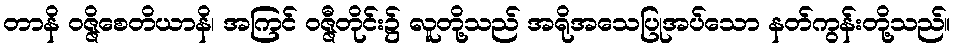
တာနိ ဝဇ္ဇိစေတိယာနိ၊ အကြင် ဝဇ္ဇီတိုင်း၌ လူတို့သည် အရိုအသေပြုအပ်သော နတ်ကွန်းတို့သည်။